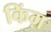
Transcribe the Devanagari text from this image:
किंग़